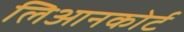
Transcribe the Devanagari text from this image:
लिआनकोर्ट